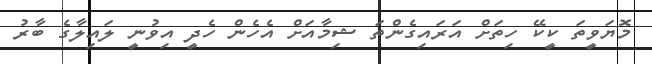
މޮޔަވީތަ ކީކޭ ހިތަށް އަރައިގެންތަ ޝިމާއަށް އެހެން ހެދީ އިވުނީ ލައިލާގެ ބާރު